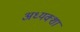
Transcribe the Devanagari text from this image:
अध्यक्शा